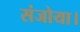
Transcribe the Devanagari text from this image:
संजोया।